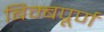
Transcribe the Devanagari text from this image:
बिम्बपूर्ण